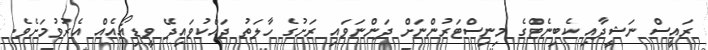
ރައީސް ނަޝީދާއި ކެބިނެޓްގެ މިނިސްޓަރުންނަށް ދަންނަވައި ރަށުގެ ހާލަތު ދައްކުވައިދޭ ވީޑިއޯއެއް އެރުވުމަށެވެ.